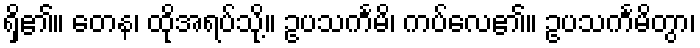
ရှိ၏။ တေန၊ ထိုအရပ်သို့။ ဥပသင်္ကမိ၊ ကပ်လေ၏။ ဥပသင်္ကမိတွာ၊